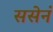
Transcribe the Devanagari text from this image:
ससेनं